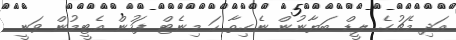
އަދި މެޗުގެ ލީޑް ބަޔާނުން ނެގިތާ ހަ މިނެޓް ފަހުން އެޓީމުން ވަނީ